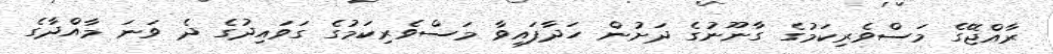
ރާއްޖޭގެ މަސްވެރިކަމުގެ ގާނޫނުގެ ދަށުން ހަދާފައިވާ މަސްވެރިކަމުގެ ގަވައިދުގެ ދެ ވަނަ މާއްދާގެ